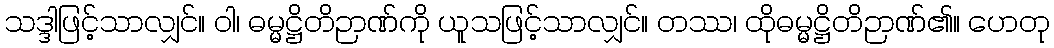
သဒ္ဒါဖြင့်သာလျှင်။ ဝါ၊ ဓမ္မဋ္ဌိတိဉာဏ်ကို ယူသဖြင့်သာလျှင်။ တဿ၊ ထိုဓမ္မဋ္ဌိတိဉာဏ်၏။ ဟေတု